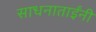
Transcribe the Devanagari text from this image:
साधनाताईंनी